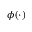
\phi ( \cdot )